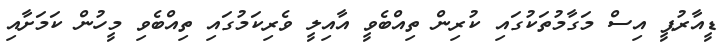
ޑީއާރުޕީ އިސް މަގާމުތަކުގައި ކުރިން ތިއްބެވީ އާއިލީ ވެރިކަމުގައި ތިއްބެވި މީހުން ކަމަށާއި